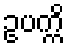
ဥပက္ကိ